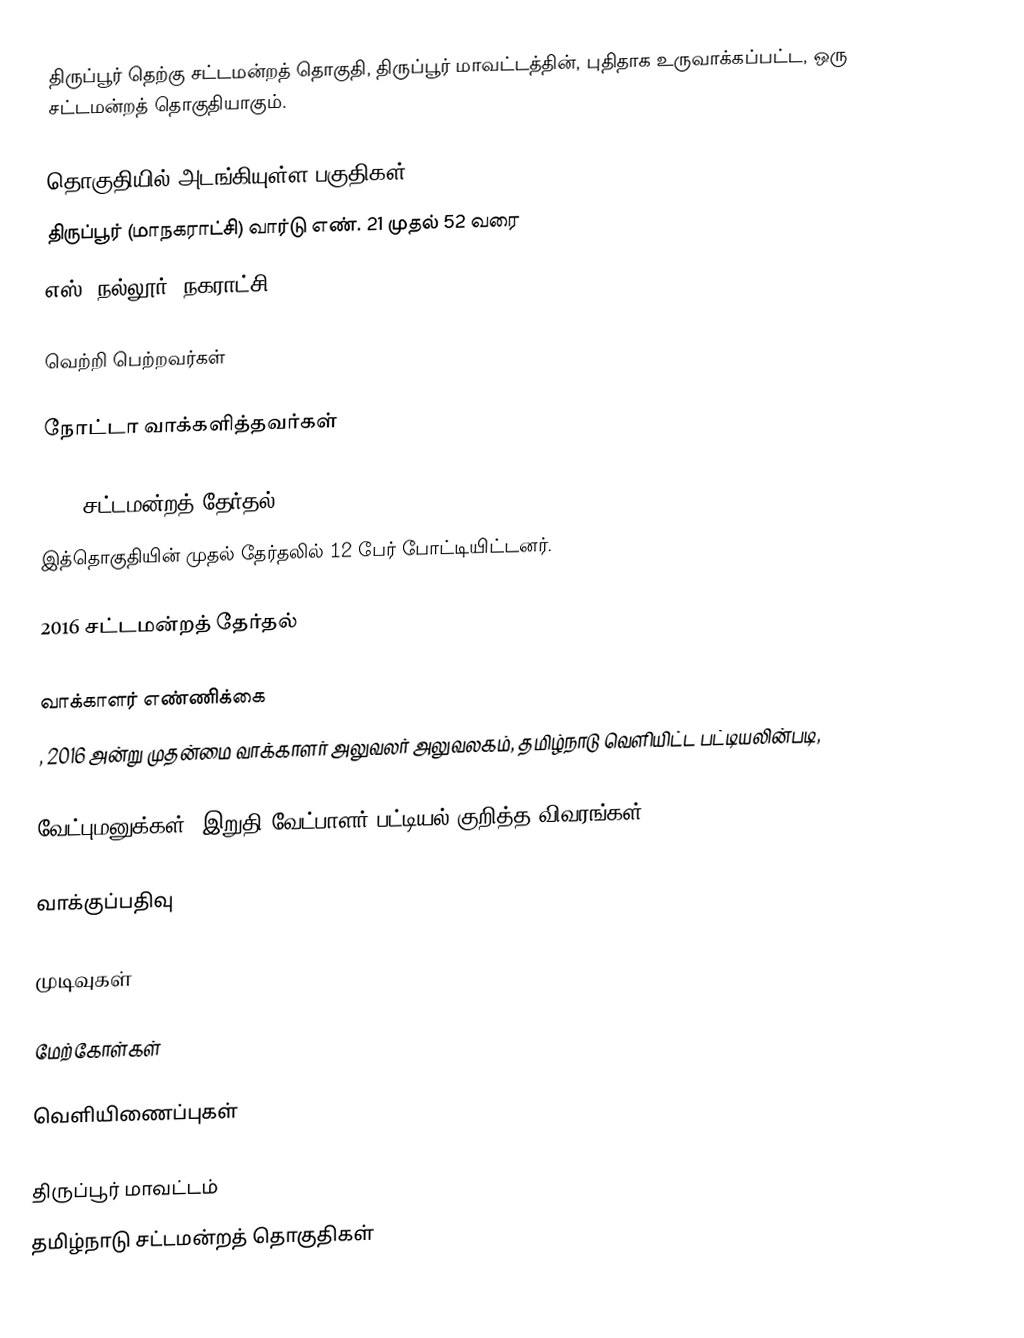
திருப்பூர் தெற்கு சட்டமன்றத் தொகுதி, திருப்பூர் மாவட்டத்தின், புதிதாக உருவாக்கப்பட்ட, ஒரு சட்டமன்றத் தொகுதியாகும்.

தொகுதியில் அடங்கியுள்ள பகுதிகள்
திருப்பூர் (மாநகராட்சி) வார்டு எண். 21 முதல் 52 வரை
எஸ். நல்லூர் (நகராட்சி).

வெற்றி பெற்றவர்கள்

நோட்டா வாக்களித்தவர்கள்

2011 சட்டமன்றத் தேர்தல்
இத்தொகுதியின் முதல் தேர்தலில் 12 பேர் போட்டியிட்டனர்.

2016 சட்டமன்றத் தேர்தல்

வாக்காளர் எண்ணிக்கை
, 2016 அன்று முதன்மை வாக்காளர் அலுவலர் அலுவலகம், தமிழ்நாடு வெளியிட்ட பட்டியலின்படி,

வேட்புமனுக்கள், இறுதி வேட்பாளர் பட்டியல் குறித்த விவரங்கள்

வாக்குப்பதிவு

முடிவுகள்

மேற்கோள்கள்

வெளியிணைப்புகள்

திருப்பூர் மாவட்டம்
தமிழ்நாடு சட்டமன்றத் தொகுதிகள்